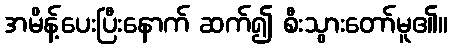
အမိန့်ပေးပြီးနောက် ဆက်၍ စီးသွားတော်မူ၏။